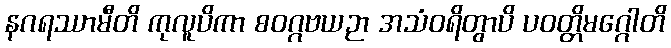
နဂရဿာမီတိ ကုလူပိကာ စဝဂ္ဂဗယဉာ အသံဝရိတွာပိ ပဝတ္တိမဂ္ဂေါတိ